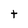
Character: t